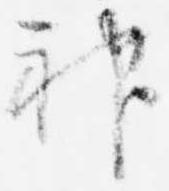
神